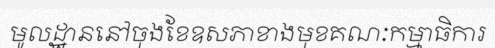
មូលដ្ឋាននៅចុងខែឧសភាខាងមុខគណៈកម្មាធិការ